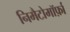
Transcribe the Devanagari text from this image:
निमैटोमॉर्फ़ा